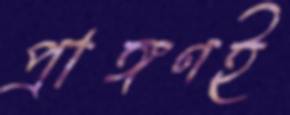
প্রাঙ্গণই